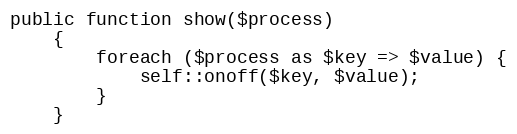
Language: PHP
public function show($process)
    {
        foreach ($process as $key => $value) {
            self::onoff($key, $value);
        }
    }